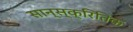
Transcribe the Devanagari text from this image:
सान्स्क्रितिक